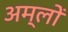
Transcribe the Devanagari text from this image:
अम्‍लों